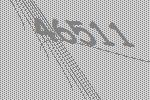
46511